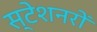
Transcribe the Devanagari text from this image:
स्टेशनरों